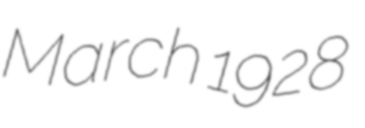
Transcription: March 1928